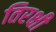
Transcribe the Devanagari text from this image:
तिरक्षी